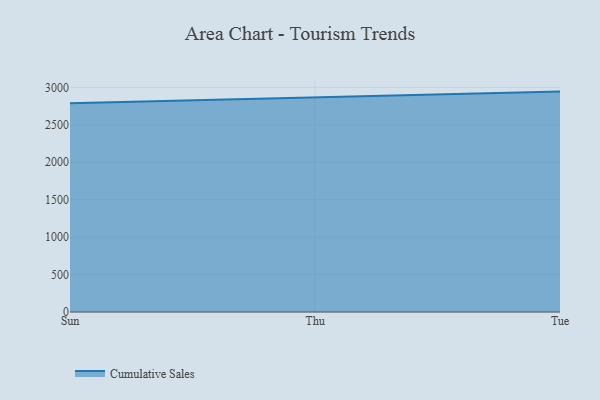
{"axis": {"x": "Day", "y": "Customer Acquisition Cost (USD)"}, "legend": ["Cumulative Sales"], "data": [{"x": "Sun", "y": 2789.2, "type": "Cumulative Sales"}, {"x": "Thu", "y": 2865.7, "type": "Cumulative Sales"}, {"x": "Tue", "y": 2944.2, "type": "Cumulative Sales"}]}